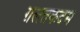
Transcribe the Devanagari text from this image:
ग़लतकदम